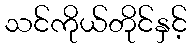
သင်ကိုယ်တိုင်နှင့်